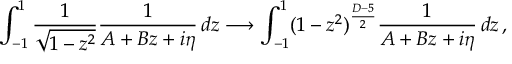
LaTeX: \int _ { - 1 } ^ { 1 } \frac { 1 } { \sqrt { 1 - z ^ { 2 } } } \frac { 1 } { A + B z + i \eta } \, d z \longrightarrow \int _ { - 1 } ^ { 1 } ( 1 - z ^ { 2 } ) ^ { \frac { D - 5 } { 2 } } \frac { 1 } { A + B z + i \eta } \, d z \, ,